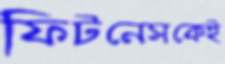
ফিটনেসকেই